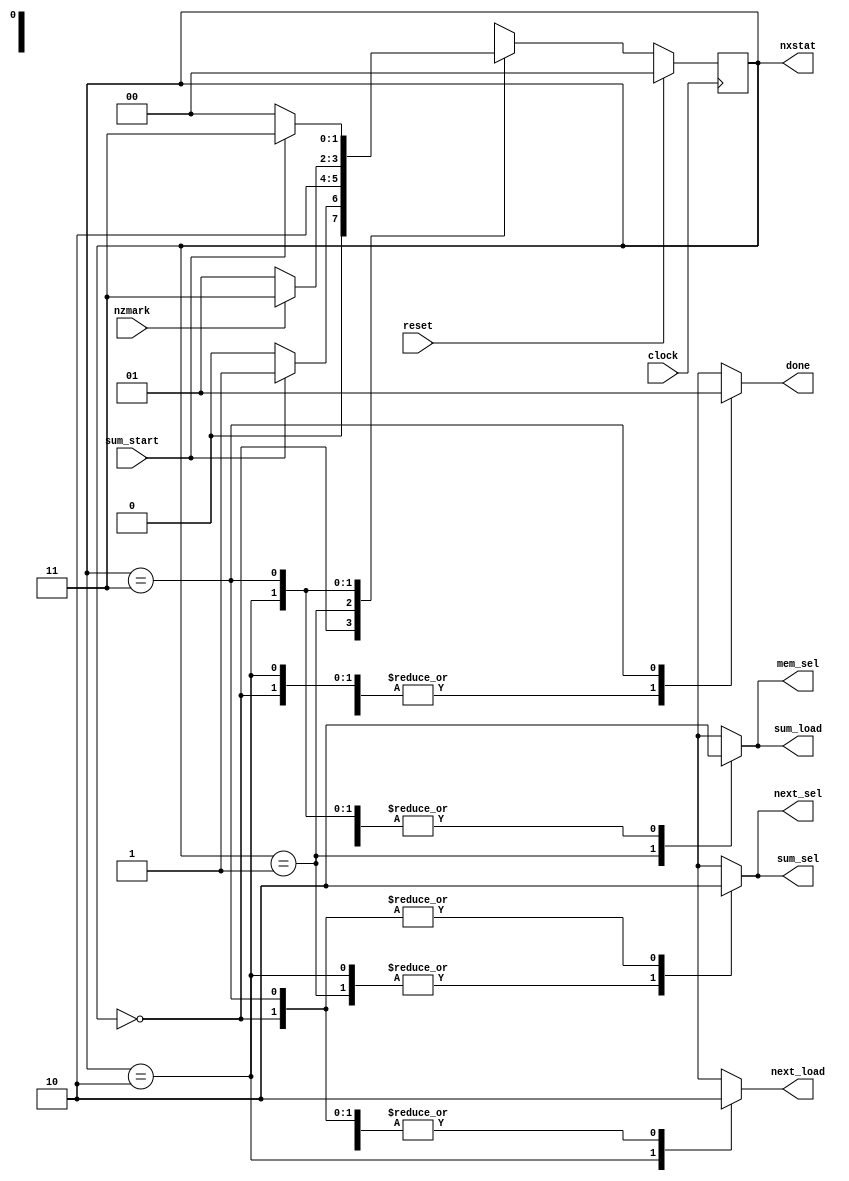
`timescale 1ns / 1ps
//////////////////////////////////////////////////////////////////////////////////
// Company: 
// Engineer: 
// 
// Design Name: 
// Module Name: lkfinstm
// Project Name: 
// Target Devices: 
// Tool Versions: 
// Description: 
// 
// Dependencies: 
// 
// Revision:
// Revision 0.01 - File Created
// Additional Comments:
// 
//////////////////////////////////////////////////////////////////////////////////


module lkfinstm(
    clock,reset,sum_start,nzmark,
    sum_load,next_load,sum_sel,next_sel,mem_sel,done,nxstat
    );
    input clock,reset,sum_start,nzmark;
    output reg sum_load,next_load,sum_sel,next_sel,mem_sel,done;
    output [1:0] nxstat;
    reg [1:0] currstat,nextstat;
    assign nxstat = currstat;
    // GenOutput
    always @(currstat, sum_start, nzmark) begin
      case (currstat)
        0: begin
          sum_load = 0;
          next_load = 0;
          sum_sel = 0;
          next_sel = 0;
          mem_sel = 0;
          done = 0;
          if(sum_start == 1) nextstat = 1;
          else nextstat = 0;
        end
        1: begin
          sum_load = 1;
          sum_sel = 1;
          next_load = 0;
          next_sel = 1;
          mem_sel = 1;
          done = 0;
          nextstat = 2;
        end
        2: begin
          sum_load = 0;
          sum_sel = 1;
          next_load = 1;
          next_sel = 1;
          mem_sel = 0;
          done = 0;
          if(nzmark == 0) nextstat = 1;
          else nextstat = 3;
        end
        3: begin
          sum_load = 0;
          sum_sel = 0;
          next_sel = 0;
          next_load = 0;
          mem_sel = 0;
          done = 1;
          if(sum_start == 0) nextstat = 0;
          else nextstat = 3;
        end
      endcase
    end

    // StateCnvt
    always @(posedge clock) begin
        if (reset) begin
          currstat = 0;
        end
        else begin
          currstat = nextstat;
        end
    end
endmodule